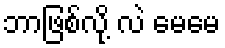
ဘာဖြစ်လို့ လဲ မေမေ